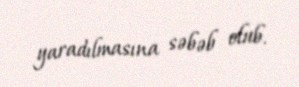
yaradılmasına səbəb olub.